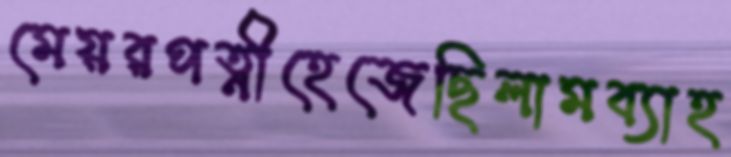
মেয়রপত্নীহেজেছিলামব্যাহ